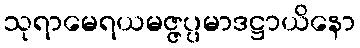
သုရာမေရယမဇ္ဇပ္ပမာဒဋ္ဌာယိနော